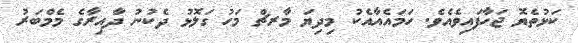
ކަޅުތެޔޮ ޖަހާފައިވެއެވެ. ހަމައެއާއެކު މިދިޔަ މާރޗް މަހު ގަލޮޅު ދެކުނު ދާއިރާގެ މެމްބަރު